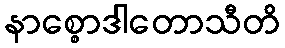
နာစ္စောဒါတောသီတိ